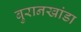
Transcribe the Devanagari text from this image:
बुरानखांडा